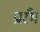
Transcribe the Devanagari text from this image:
प्रारँभ